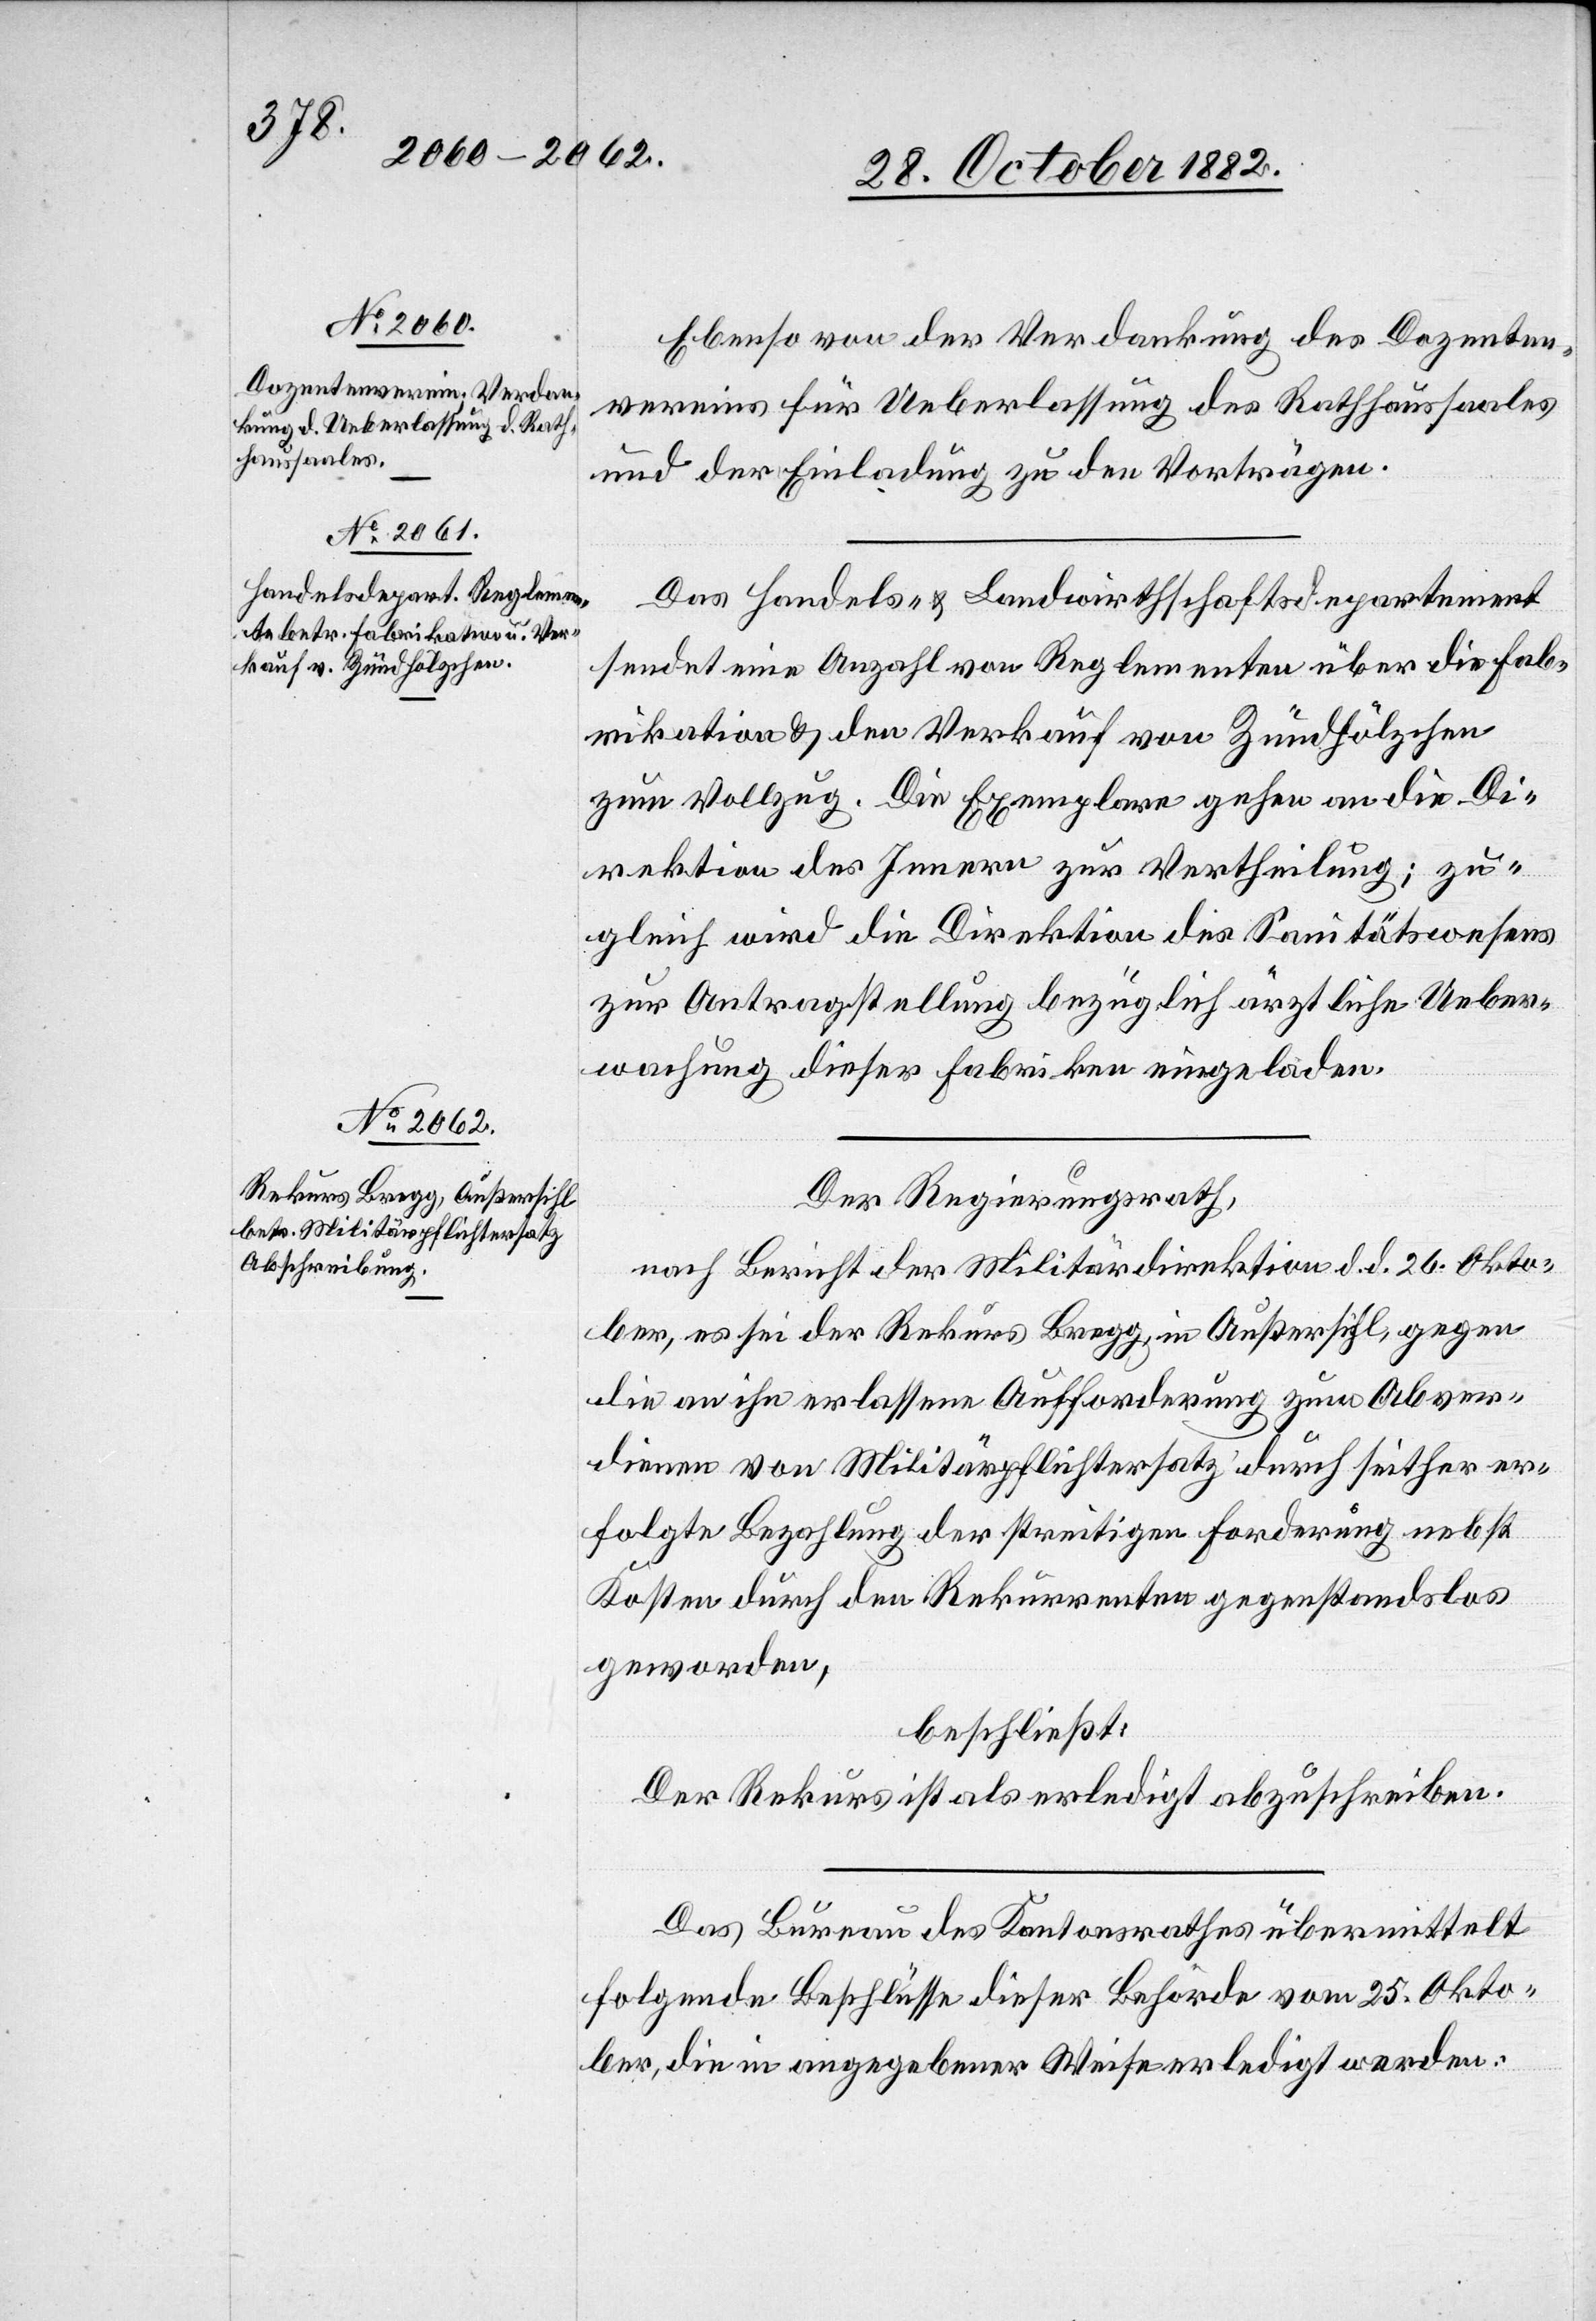
Okto¬
Ebenso von der Verdankung des Dozenten¬
vereins für Ueberlassung des Rathhaussaales
und der Einladung zu den Vorträgen.
Das Handels- & Landwirthschaftsdepartement
sendet eine Anzahl von Reglementen über die Fab¬
rikation & den Verkauf von Zündhölzchen
zum Vollzug. Die Exemplare gehen an die Di¬
rektion des Innern zur Vertheilung; zu¬
gleich wird die Direktion des Sanitätswesens
zur Antragstellung bezüglich ärztliche Ueber¬
wachung dieser Fabriken eingeladen.
Der Regierungsrath,
ber, es sei der Rekurs Bregg, in Außersihl, gegen
die an ihn erlassene Aufforderung zum Abver¬
dienen von Militärpflichtersatz durch seither er¬
folgte Bezahlung der streitigen Forderung nebst
Kosten durch den Rekurrenten gegenstandslos
geworden,
beschließt:
Der Rekurs ist als erledigt abzuschreiben.
Das Bureau des Kantonsrathes übermittelt
folgende Beschlüsse dieser Behörde vom 25. Okto¬
ber, die in angegebener Weise erledigt werden: